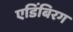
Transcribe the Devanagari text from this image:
एडिंबिरग